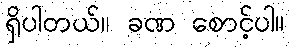
ရှိပါတယ်။ ခဏ စောင့်ပါ။